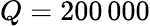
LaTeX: Q=200\, 000